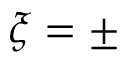
\xi = \pm